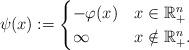
LaTeX: \begin{align*}\psi(x):= \begin{cases} - \varphi(x) & x \in \mathbb{R}^n_+ \\ \infty & x \notin \mathbb{R}^n_+ .\end{cases}\end{align*}